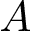
A